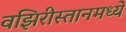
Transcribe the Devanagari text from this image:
वझिरीस्तानमध्ये